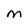
Character: M